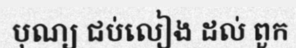
បុណ្យ ជប់លៀង ដល់ ពួក